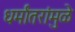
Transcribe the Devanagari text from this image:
धर्मांतरांमुळे